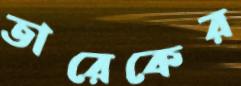
তারেকের